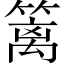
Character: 篱